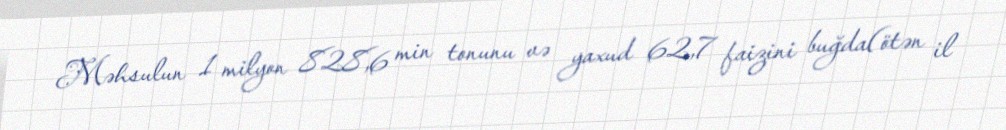
Məhsulun 1 milyon 828,6 min tonunu və yaxud 62,7 faizini buğda(ötən il